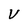
Character: V